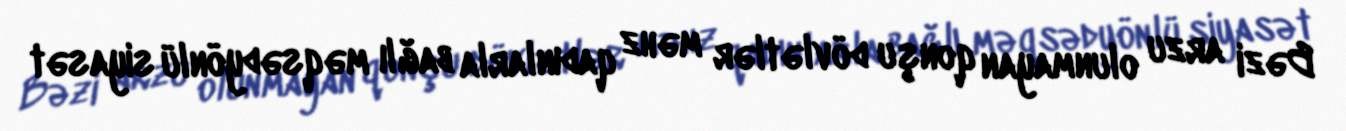
Bəzi arzu olunmayan qonşu dövlətlər məhz qadınlarla bağlı məqsədyönlü siyasət